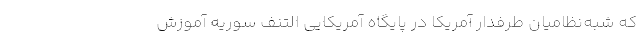
که شبه‌نظامیان طرفدار آمریکا در پایگاه آمریکایی التنف سوریه آموزش